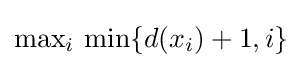
{\text{max}}_{i}{\text{ min}}\{d(x_{i})+1,i\}